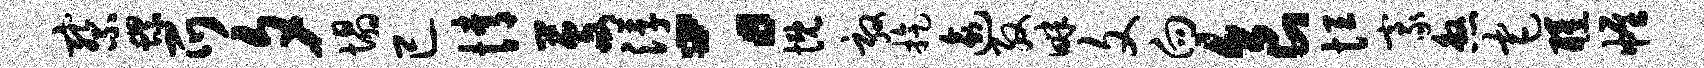
察螺爪夕塌已情芟浮：慨敦旋逾殷畔文向食恒豪煞宅醺帷